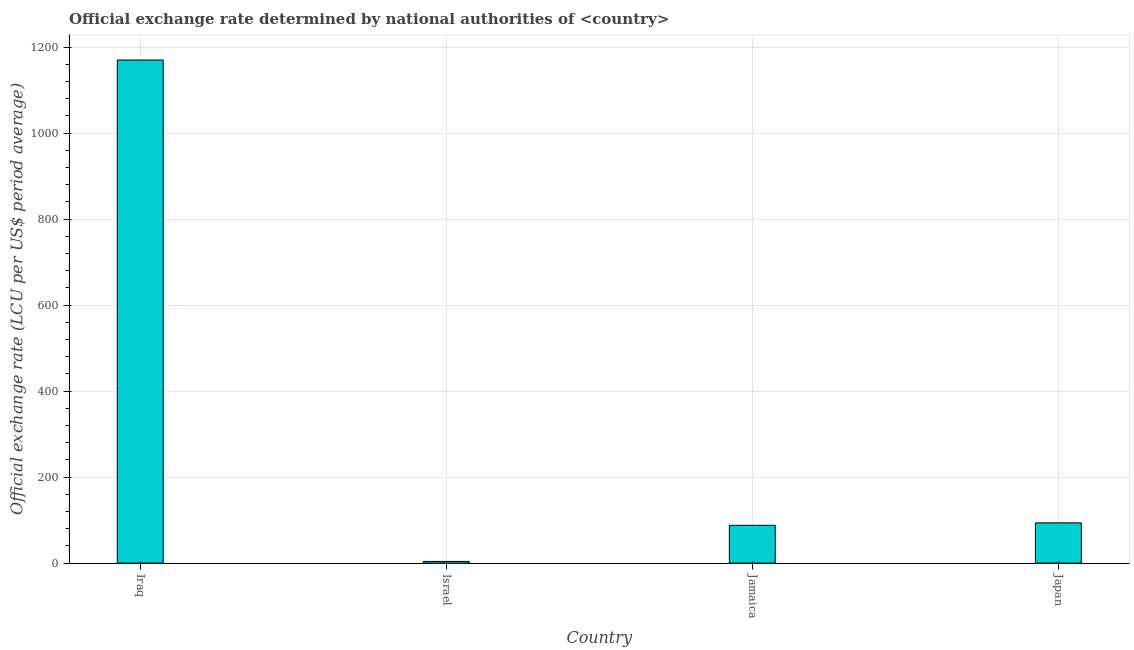
| Country | Official exchange rate |
 | --- | --- |
 | Iraq | 1.17e+03 |
 | Israel | 3.93 |
 | Jamaica | 87.9 |
 | Japan | 93.6 |